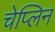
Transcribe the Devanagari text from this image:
चेप्लिन